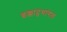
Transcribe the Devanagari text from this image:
इक्कादुथांगल